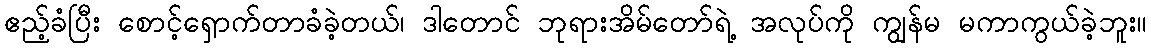
ဧည့်ခံပြီး စောင့်ရှောက်တာခံခဲ့တယ်၊ ဒါတောင် ဘုရားအိမ်တော်ရဲ့ အလုပ်ကို ကျွန်မ မကာကွယ်ခဲ့ဘူး။